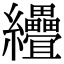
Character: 𦈅